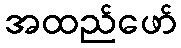
အထည်ဖော်